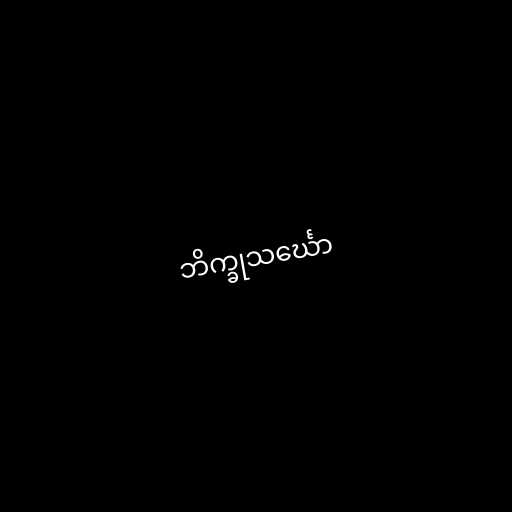
ဘိက္ခုသင်္ဃော